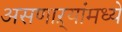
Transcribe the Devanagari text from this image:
असणाऱ्यांमध्ये